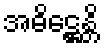
အဓိဋ္ဌေန္တိ